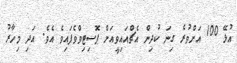
އުޅޭ 100 އަށްވުރެ ގިނަ ކުދިން އެޗްއައިވީއަށް ޕޮސިޓިވްވެފައިވެ އެވެ. އަދި މިހާރު